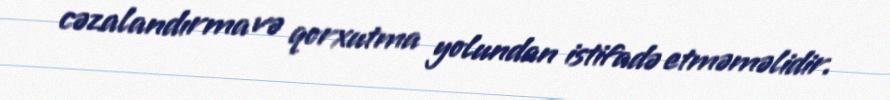
cəzalandırma və qorxutma yolundan istifadə etməməlidir.